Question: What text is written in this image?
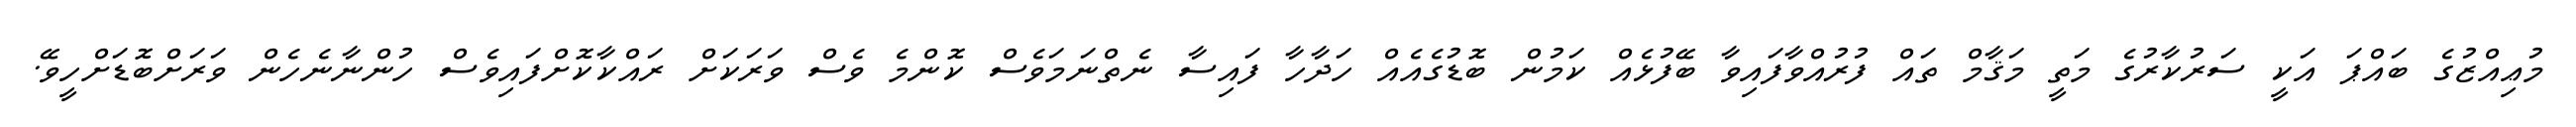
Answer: މުޢިއްޒުގެ ބައްޕަ އަކީ ސަރުކާރުގެ މަތީ މަޤާމް ތައް ފުރުއްވާފައިވާ ބޭފުޅެއް ކަމުން ބޮޑުގެއެއް ހަދާހާ ފައިސާ ނެތްނަމަވެސް ކޮންމެ ވެސް ވަރަކަށް ރައްކާކޮށްފައިވެސް ހުންނާނެހެން ވަރަށްބޮޑަށްހީވޭ.